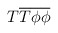
\begin{align*}T\overline{T}\overline{\phi }\overline{\phi }\protect\end{align*}